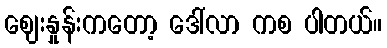
ဈေးနှုန်းကတော့ ဒေါ်လာ ကစ ပါတယ်။